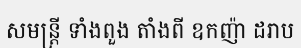
សមន្ត្រី ទាំងពួង តាំងពី ឧកញ៉ា ដរាប